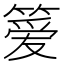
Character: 𫂖